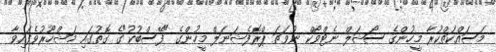
މަސައްކަތްކުރާ މީހުންގެ ސޯޝަލް ނެޓްވޯކް ނުވަތަ ޕްރޮފެޝަނަލް މީހުންގެ "ފޭސްބުކު"ގެ ގޮތުގައި މަޝްހޫރުވެފައިވާ